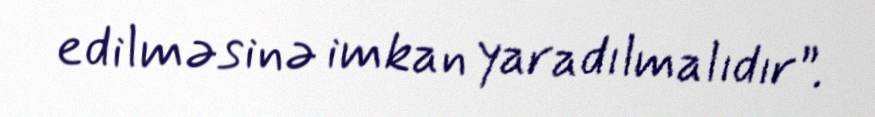
edilməsinə imkan yaradılmalıdır”.